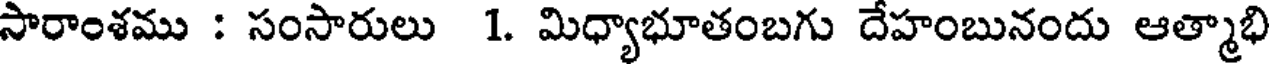
సారాంశము : సంసారులు 1. మిధ్యాభూతంబగు దేహంబునందు ఆత్మాభి